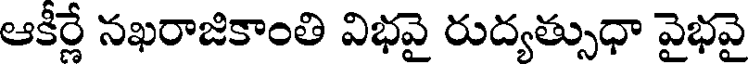
ఆకీర్లే నఖరాజికాంతి విభవై రుద్యత్సుధా వైభవై